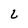
Character: L